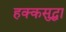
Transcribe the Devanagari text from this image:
हक्कसुद्धा